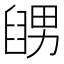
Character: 𦦊